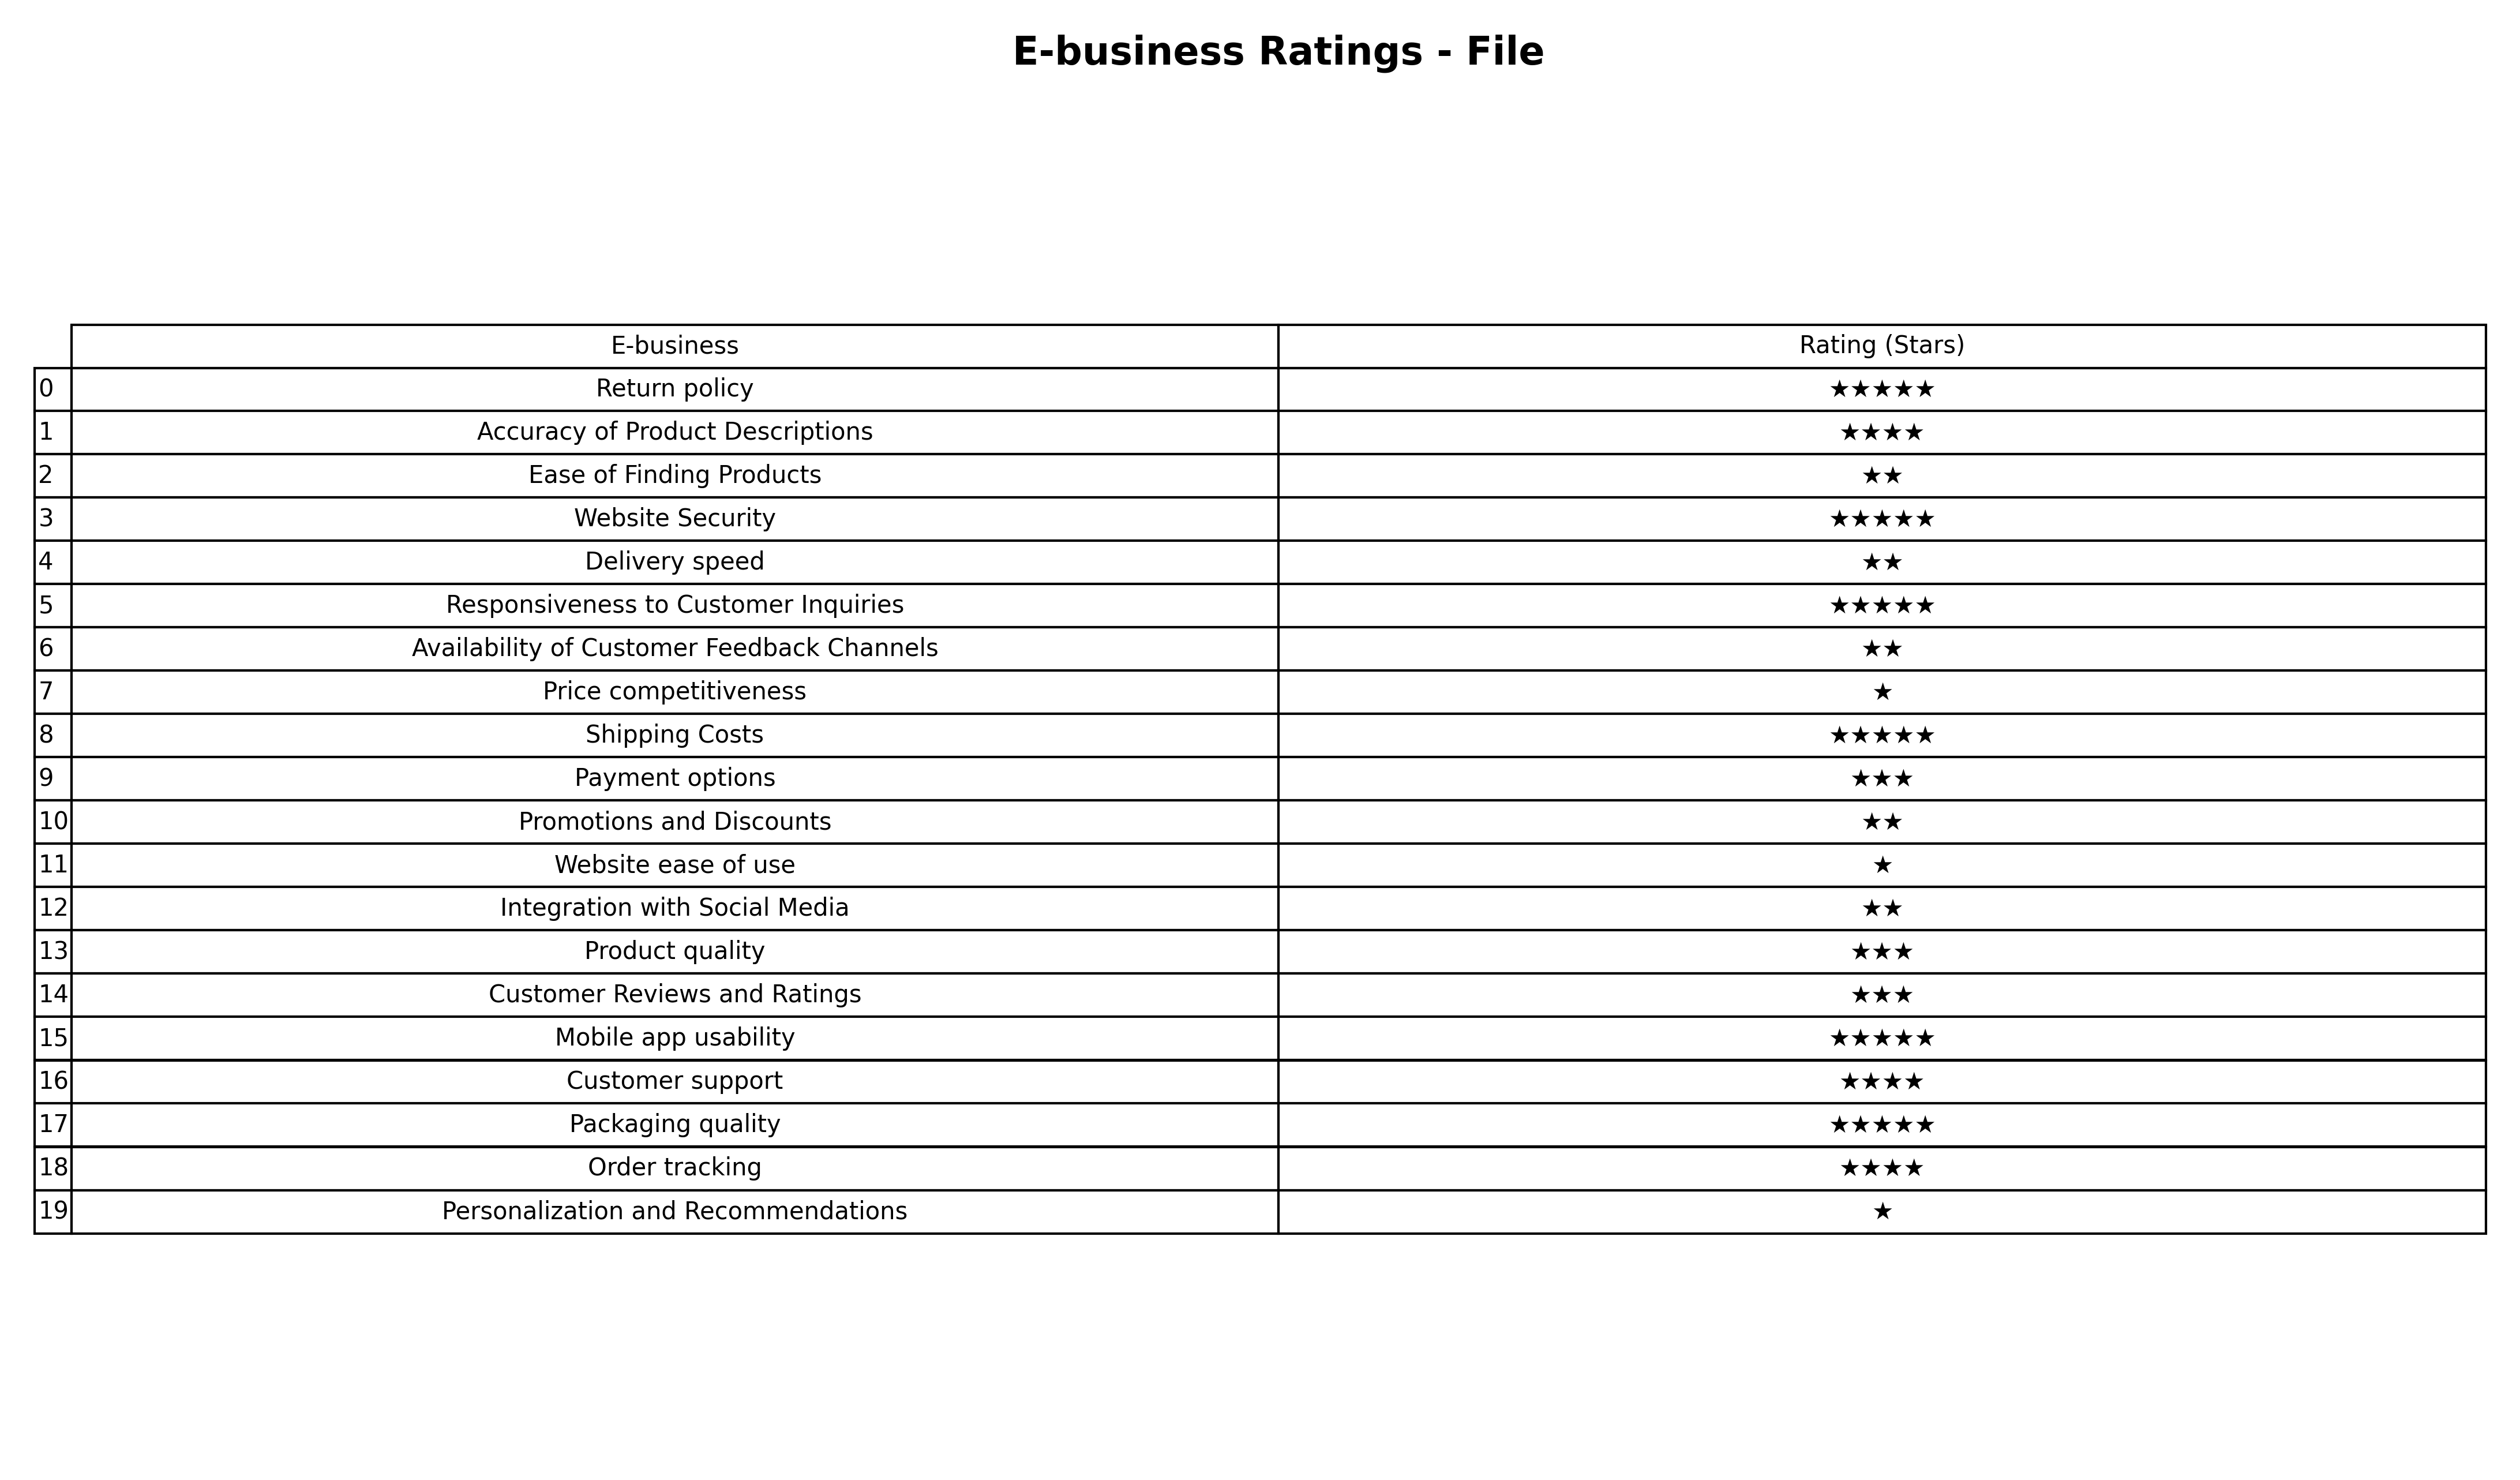
question: What is the rating of Product quality?
answer: ★★★